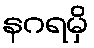
နဂရမှိ